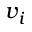
v _ { i }